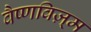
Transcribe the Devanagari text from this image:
वैष्णविज़्म